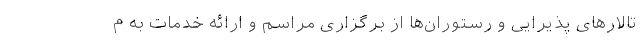
تالارهای پذیرایی و رستوران‌ها از برگزاری مراسم و ارائه خدمات به م